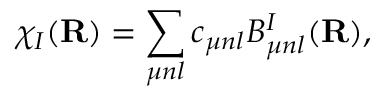
\chi _ { I } ( { \bf R } ) = \sum _ { \boldsymbol { \mu n l } } c _ { \boldsymbol { \mu n l } } B _ { \boldsymbol { \mu n l } } ^ { I } ( { \bf R } ) ,